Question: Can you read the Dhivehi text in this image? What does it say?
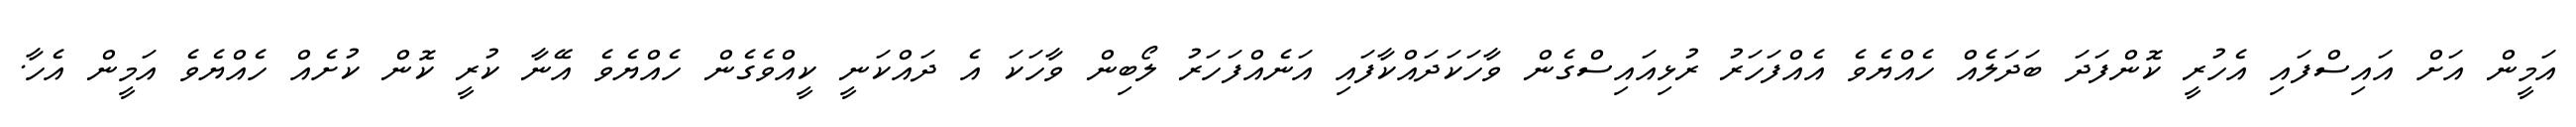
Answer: އަމީން އަށް އައިސްފައި އެހުރީ ކޮންފަދަ ބަދަލެއް ހެއްޔެވެ އެއްފަހަރު ރުޅިއައިސްގެން ވާހަކަދައްކާފައި އަނެއްފަހަރު ލޯބިން ވާހަކަ އެ ދައްކަނީ ކީއްވެގެން ހެއްޔެވެ އޭނާ ކުރީ ކޮން ކުށެއް ހެއްޔެވެ އަމީން އެހާ.